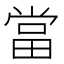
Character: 當